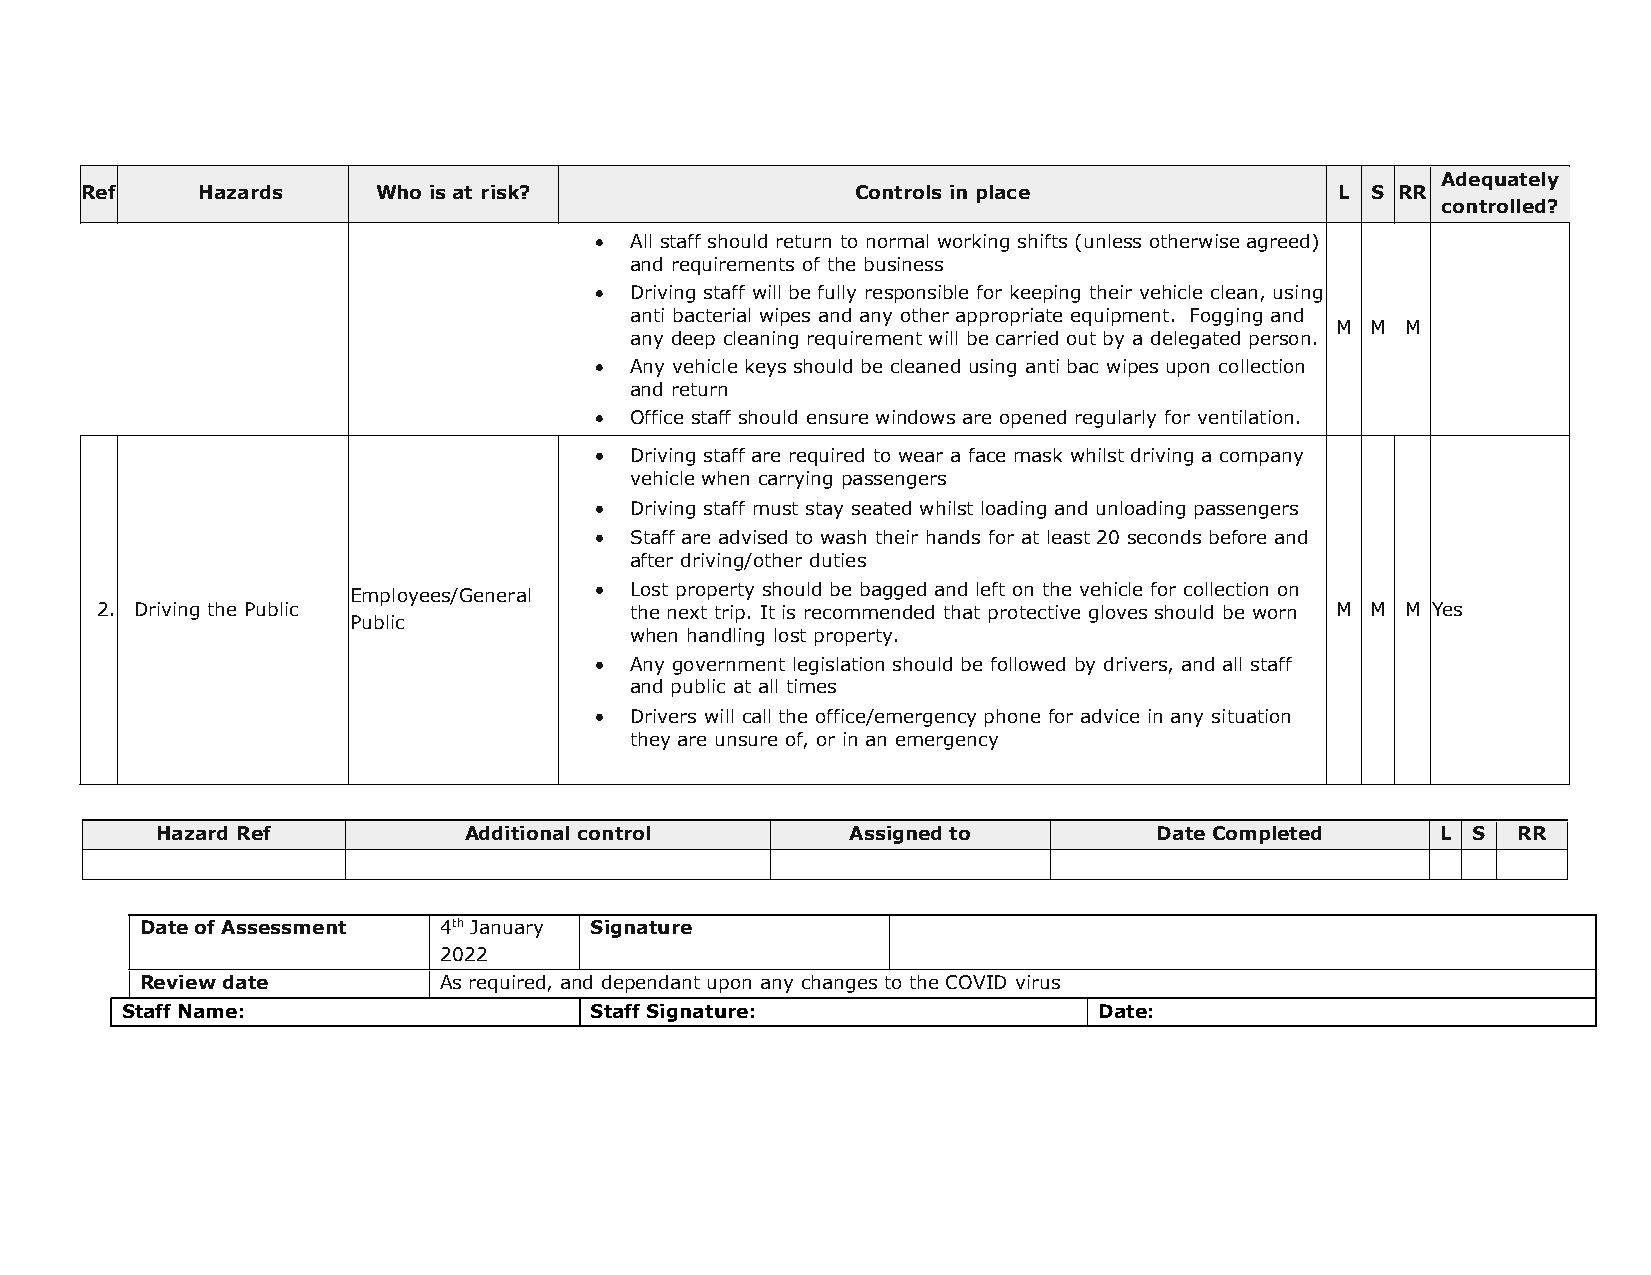
Adequately
 Ref     Hazards     Who is at risk?                 Controls in place               L S RR
 controlled?
   All staff should return to normal working shifts (unless otherwise agreed)
 and requirements of the business
   Driving staff will be fully responsible for keeping their vehicle clean, using
 anti bacterial wipes and any other appropriate equipment. Fogging and
 M  M M
 any deep cleaning requirement will be carried out by a delegated person.
   Any vehicle keys should be cleaned using anti bac wipes upon collection
 and return
   Office staff should ensure windows are opened regularly for ventilation.
   Driving staff are required to wear a face mask whilst driving a company
 vehicle when carrying passengers
   Driving staff must stay seated whilst loading and unloading passengers
   Staff are advised to wash their hands for at least 20 seconds before and
 after driving/other duties
 Employees/General  Lost property should be bagged and left on the vehicle for collection on
 2. Driving the Public               the next trip. It is recommended that protective gloves should be worn M M M Yes
 Public
 when handling lost property.
   Any government legislation should be followed by drivers, and all staff
 and public at all times
   Drivers will call the office/emergency phone for advice in any situation
 they are unsure of, or in an emergency
 Hazard Ref           Additional control       Assigned to          Date Completed    L S  RR
 Date of Assessment  4th January Signature
 2022
 Review date         As required, and dependant upon any changes to the COVID virus
 Staff Name:                    Staff Signature:                  Date: